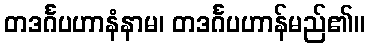
တဒင်္ဂပဟာနံနာမ၊ တဒင်္ဂပဟာန်မည်၏။